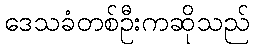
ဒေသခံတစ်ဦးကဆိုသည်